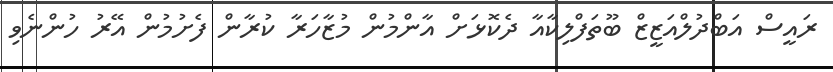
ރައީސް އަބްދުލްއަޒީޒް ބޫތަފްލިކާއާ ދެކޮޅަށް އާންމުން މުޒާހަރާ ކުރާން ފެށުމުން އޭރު ހުންނެވި